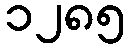
၁၂၈၅